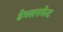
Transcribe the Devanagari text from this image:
डेभलपमेन्ट